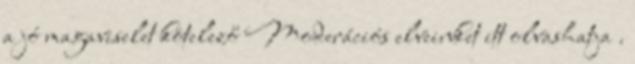
a jó magaviselet kötelező Moderációs elveinket itt olvashatja .